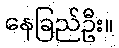
နေခြည်ဦး။